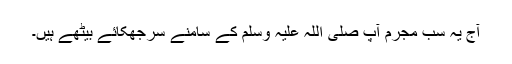
آج یہ سب مجرم آپ صلی اللہ علیہ وَسلم کے سامنے سرجھکائے بیٹھے ہیں۔